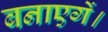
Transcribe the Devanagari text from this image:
बनाएगें।